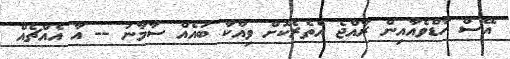
އޭސް ހާޑްވެއާއިން ރާއްޖެ އެތެރެކޮށް ވިއްކާ ބައެއް ސާމާނު -- އާ އެއްޗެއް